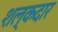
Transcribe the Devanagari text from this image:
शल्कदार